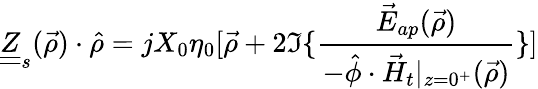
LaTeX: \underline{{\underline{{Z}}}}_{s}(\vec{\rho})\cdot\hat{\rho}=jX_{0}\eta_{0}[\vec{\rho}+2\Im\{ \frac{\vec{E}_{ap}(\vec{\rho})}{-\hat{\phi}\cdot\vec{H}_{t}|_{z=0^{+}}(\vec{\rho})}\} ]